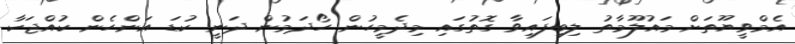
އެމްވީޔޫތަށް މައުލޫމާތު ލިބިފައިވާ ގޮތުގައި މިދެމީހުން ހޯދަމުން ދަނީ ކުޑަ އަންހެން ކުއްޖަކާ